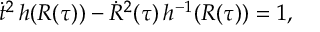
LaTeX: \dot { t } ^ { 2 } \, h ( R ( \tau ) ) - \dot { R } ^ { 2 } ( \tau ) \, h ^ { - 1 } ( R ( \tau ) ) = 1 ,